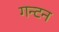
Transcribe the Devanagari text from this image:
गन्टन